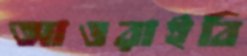
আওরাইবি